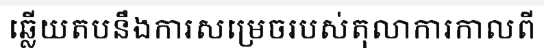
ឆ្លើយតបនឹងការសម្រេចរបស់តុលាការកាលពី